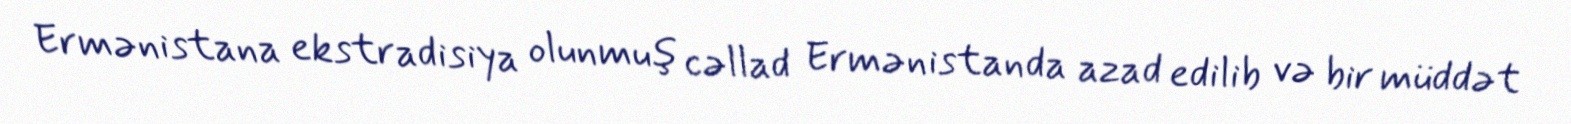
Ermənistana ekstradisiya olunmuş cəllad Ermənistanda azad edilib və bir müddət